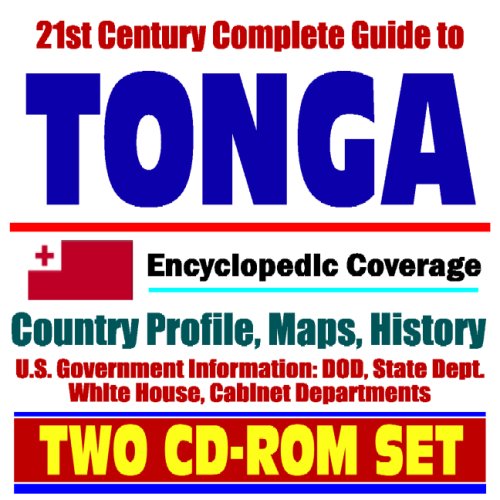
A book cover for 21st Century Complete Guide to Tonga - Encyclopedic Coverage, Country Profile, History, DOD, State Dept., White House, CIA Factbook (Two CD-ROM Set); U.S. Government; Travel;